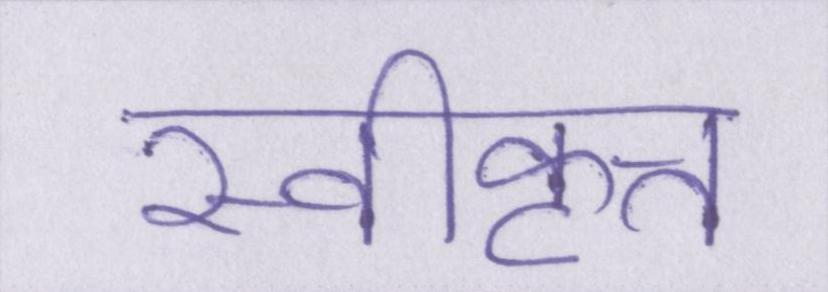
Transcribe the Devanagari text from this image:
स्वीकृत्त